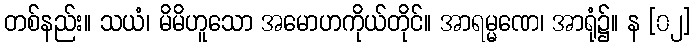
တစ်နည်း။ သယံ၊ မိမိဟူသော အမောဟကိုယ်တိုင်။ အာရမ္မဏေ၊ အာရုံ၌။ န [၀၂]